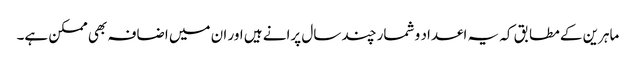
ماہرین کے مطابق کہ یہ اعداد و شمار چند سال پرانے ہیں اور ان میں اضافہ بھی ممکن ہے۔